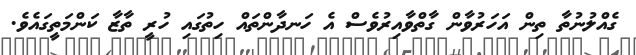
ގެއްލުނުތާ ތިން އަހަރުވާން ގާތްވާއިރުވެސް އެ ހަނދާންތައް ހިތުގައި ހުރީ ތާޒާ ކަންމަތީގައެވެ.